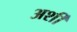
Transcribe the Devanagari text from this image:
अर्शी